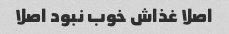
اصلا غذاش خوب نبود اصلا